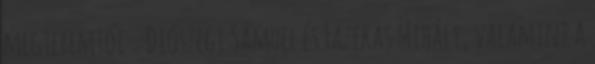
megteremtői – Diószegi Sámuel és Fazekas Mihály, valamint a